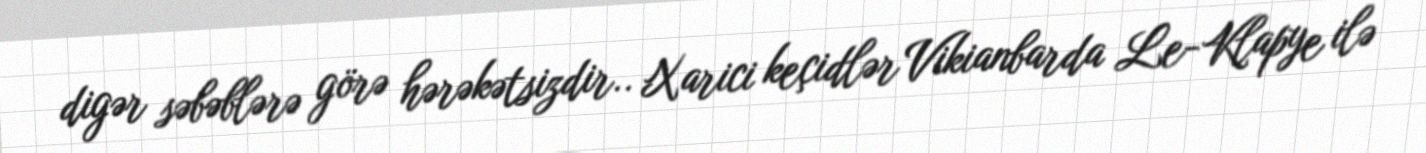
digər səbəblərə görə hərəkətsizdir.. Xarici keçidlər Vikianbarda Le-Klapye ilə